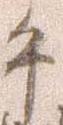
午